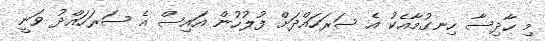
މި ހާދިސާ ހިނގުމާއެކު އެ ސަރަހައްދަށް ފުލުހުން އައިސް އެ ސަރަހައްދު ވަނީ